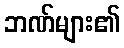
ဘဏ်များ၏